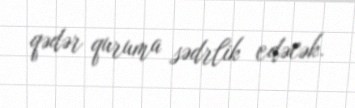
qədər quruma sədrlik edəcək.